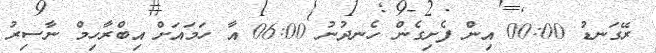
ރޭގަނޑު 00:00 އިން ފެށިގެން ހެނދުނު 06:00 އާ ހަމައަށް އިބްރާހިމް ނާސިރު